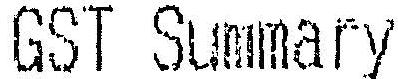
GST SUMMARY